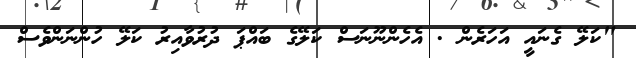
"ކަލޭ ގެނައީ އަހަރެން . އެހެންނޫނަސް ކަލޭގެ ބައްޕަ ދުރުވާއިރު ކަލޭ ހުންނަންވެސް